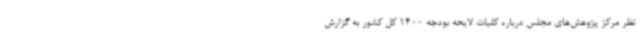
نظر مرکز پژوهش‌های مجلس درباره کلیات لایحه بودجه 1400 کل کشور به گزارش